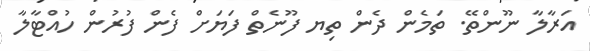
އަރާލާ ނޫންތޭ. ތަމެން ދެން ތިޔ ފޫނެތް ފަޔަށް ފެން ފުރުން ހުއްޓާލާ